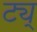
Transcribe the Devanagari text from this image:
ट्य्